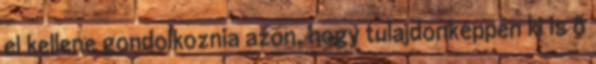
el kellene gondolkoznia azon, hogy tulajdonképpen ki is ő